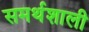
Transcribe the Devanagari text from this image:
समर्थशाली